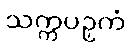
သက္ကပဉှကံ